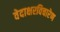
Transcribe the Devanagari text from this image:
वेदाक्षरविचारेण